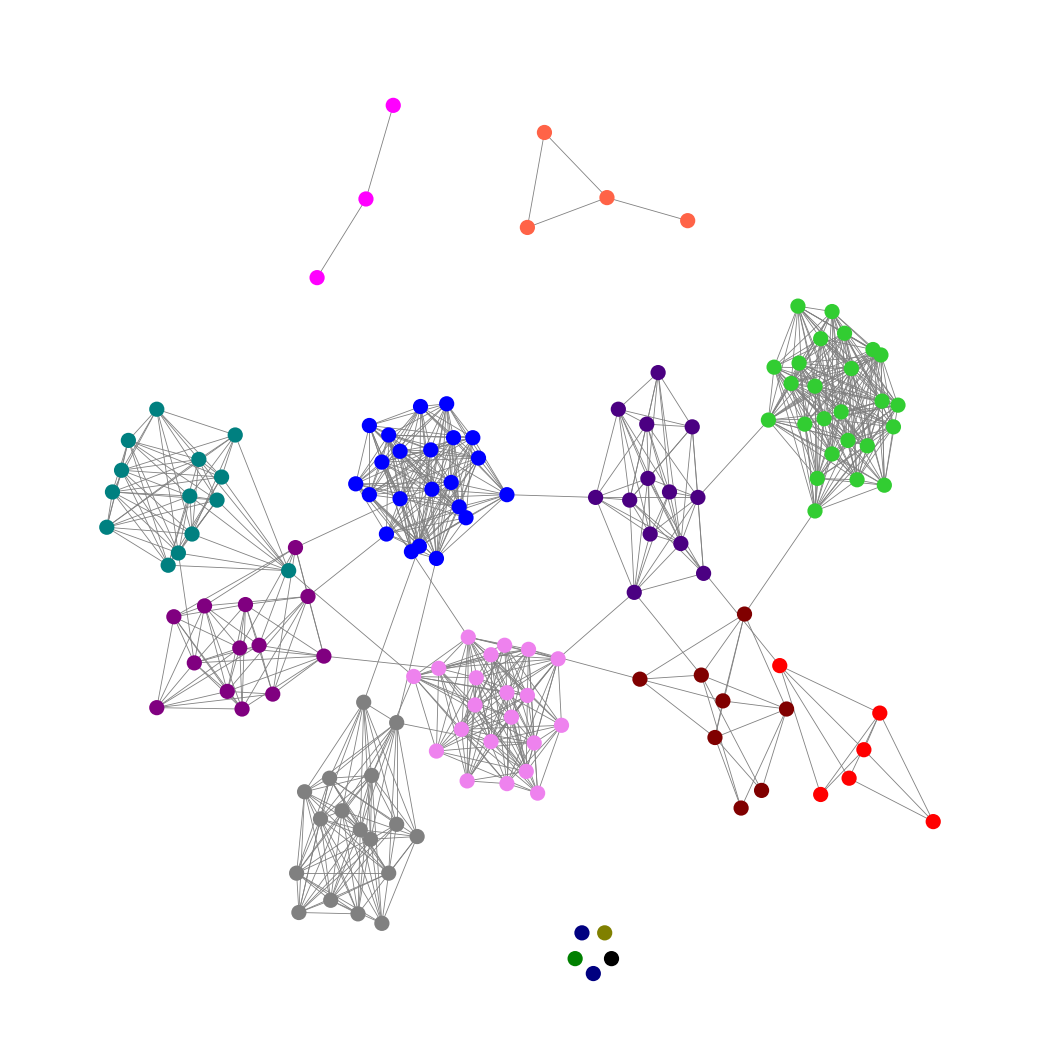
Graph connected: No
Number of connected components: 8
Number of singletons: 5
Total number of nodes: 151
Total number of edges: 863
Number of communities: 15
Community sizes:
Black: 1
Blue: 22
Fuchsia: 3
Gray: 17
Green: 1
Indigo: 13
Lime Green: 25
Maroon: 8
Navy: 2
Olive: 1
Purple: 13
Red: 6
Teal: 14
Tomato: 4
Violet: 21
Graph layout: tda
Graph generation method: erdos_renyi